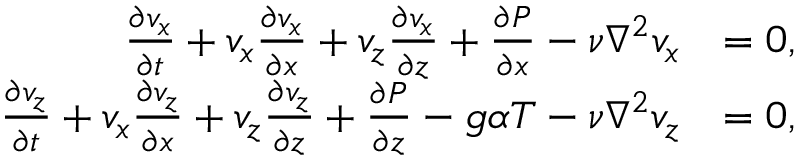
\begin{array} { r l } { \frac { \partial v _ { x } } { \partial t } + v _ { x } \frac { \partial v _ { x } } { \partial x } + v _ { z } \frac { \partial v _ { x } } { \partial z } + \frac { \partial P } { \partial x } - \nu \nabla ^ { 2 } v _ { x } } & { = 0 , } \\ { \frac { \partial v _ { z } } { \partial t } + v _ { x } \frac { \partial v _ { z } } { \partial x } + v _ { z } \frac { \partial v _ { z } } { \partial z } + \frac { \partial P } { \partial z } - g \alpha T - \nu \nabla ^ { 2 } v _ { z } } & { = 0 , } \end{array}